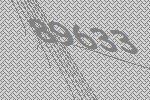
89633